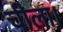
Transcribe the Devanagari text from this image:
चीला।